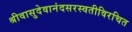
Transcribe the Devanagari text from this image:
श्रीवासुदेवानंदसरस्वतीविरचित